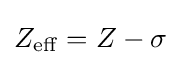
Z_{\mathrm {eff} }=Z-\sigma